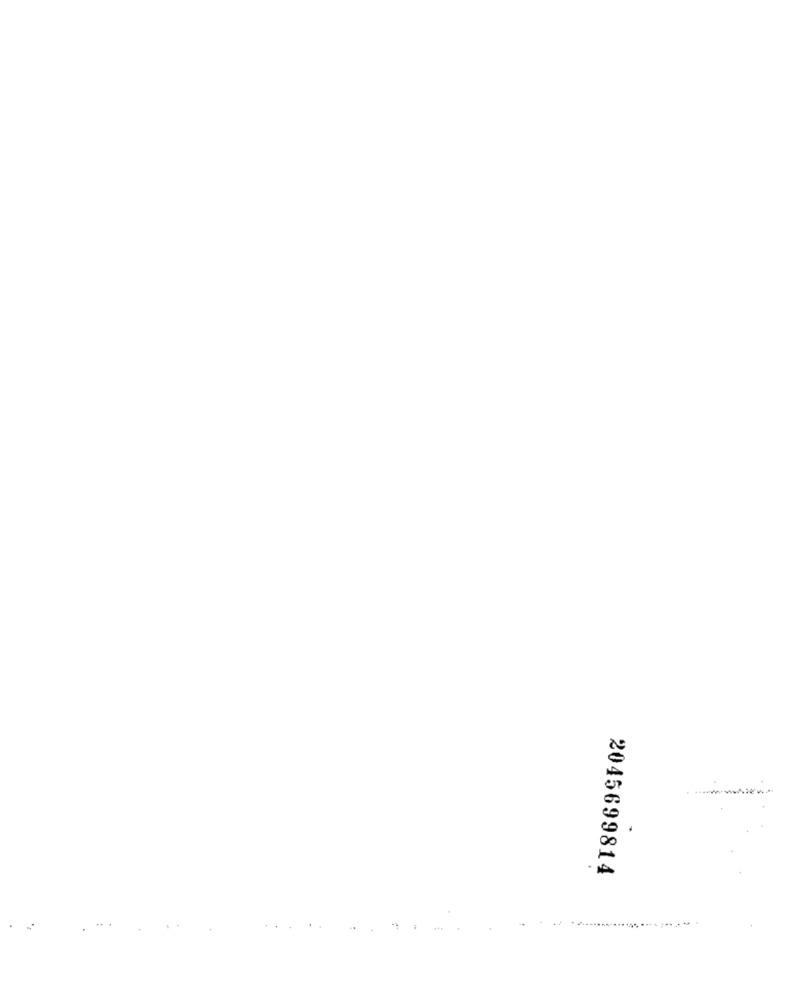
2045699814